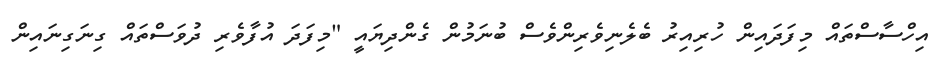
އިހްސާސްތައް މިފަދައިން ހުރިއިރު ބެލެނިވެރިންވެސް ބުނަމުން ގެންދިޔައީ "މިފަދަ އުފާވެރި ދުވަސްތައް ގިނަގިނައިން